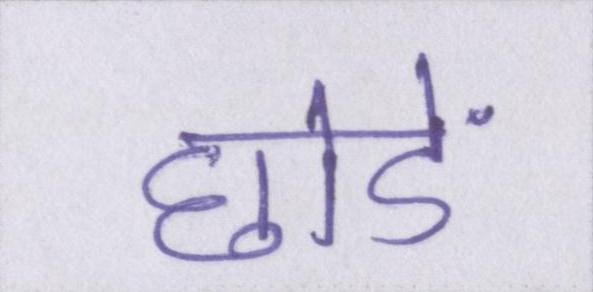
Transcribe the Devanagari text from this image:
छोडें